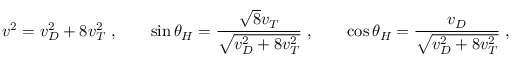
v ^ { 2 } = v _ { D } ^ { 2 } + 8 v _ { T } ^ { 2 } \; , \qquad \sin \theta _ { H } = \frac { \sqrt { 8 } v _ { T } } { \sqrt { v _ { D } ^ { 2 } + 8 v _ { T } ^ { 2 } } } \; , \qquad \cos \theta _ { H } = \frac { v _ { D } } { \sqrt { v _ { D } ^ { 2 } + 8 v _ { T } ^ { 2 } } } \; ,